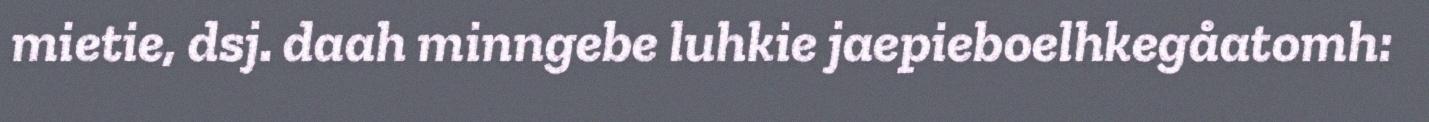
mietie, dsj. daah minngebe luhkie jaepieboelhkegåatomh: